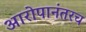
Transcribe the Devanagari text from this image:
आरोपानंतरच